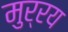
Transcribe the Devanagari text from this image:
मुर्रय